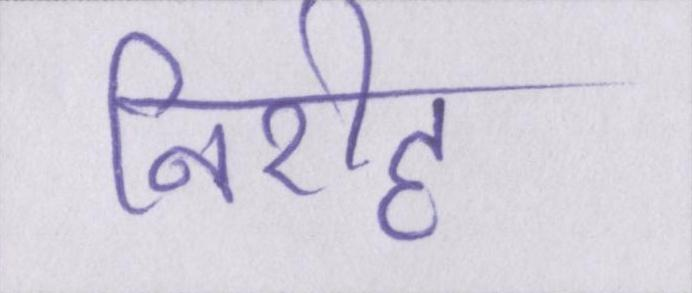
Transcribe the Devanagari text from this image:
निरीह